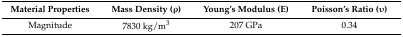
<table><thead><tr><td><b>Material Properties</b></td><td><b>Mass Density (ρ)</b></td><td><b>Young’s Modulus (E)</b></td><td><b>Poisson’s Ratio (υ)</b></td></tr></thead><tbody><tr><td>Magnitude</td><td>7830 kg/m<sup>3</sup></td><td>207 GPa</td><td>0.34</td></tr></tbody></table>